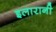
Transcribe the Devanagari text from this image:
इलारानी